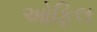
ઓફિલ